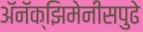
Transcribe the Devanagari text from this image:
अॅनॅक्झिमेनीसपुढे